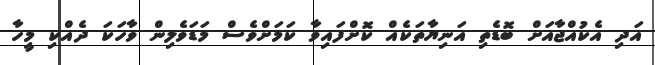
އަދި އެކުއްޖާއަށް ބޮޑެތި އަނިޔާތަކެއް ކޮށްފައިވާ ކަމަށްވެސް މަޑަވެލިން ވާހަކަ ދެއްކި މީހާ